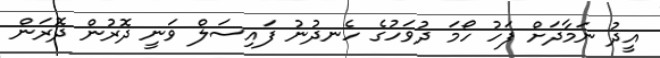
އީދު ނަމާދަށް ފަހު ހޯމަ ދުވަހުގެ ހެނދުނު ފައިސަލް ވަނީ ދޮރުން ދޮރަން